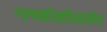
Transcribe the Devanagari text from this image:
ग्ल्य्कोसोलातेद